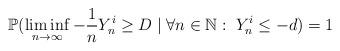
LaTeX: \begin{align*} \mathbb P(\liminf_{n \rightarrow \infty} -\frac{1}{n}Y^i_n \geq D \mid \forall n \in \mathbb N:\; Y^i_n \leq -d) = 1\end{align*}